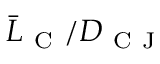
\bar { L } _ { \mathrm { ~ C ~ } } / D _ { \mathrm { ~ C ~ J ~ } }